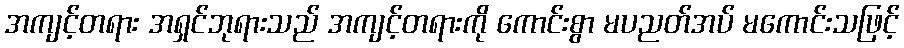
အကျင့်တရား အရှင်ဘုရားသည် အကျင့်တရားကို ကောင်းစွာ မပညတ်အပ် မကောင်းသဖြင့်